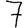
Digit: 7